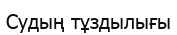
Судың тұздылығы